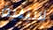
لاتينية